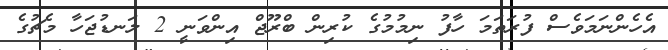
އެހެންނަމަވެސް ފުރަތަމަ ހާފު ނިމުމުގެ ކުރިން ބްރޫޖް އިންވަނީ 2 ލަނޑުޖަހާ މެޗުގެ